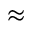
\approx